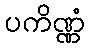
ပကိဏ္ဏံ